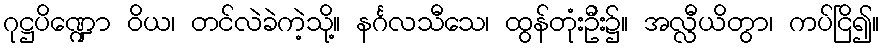
ဂုဋ္ဌပိဏ္ဍော ဝိယ၊ တင်လဲခဲကဲ့သို့။ နင်္ဂလသီသေ၊ ထွန်တုံးဦး၌။ အလ္လီယိတွာ၊ ကပ်ငြိ၍။